65_HS1-834228961_62-HQ-83894_Section_4
Agency: FBI
Page 107
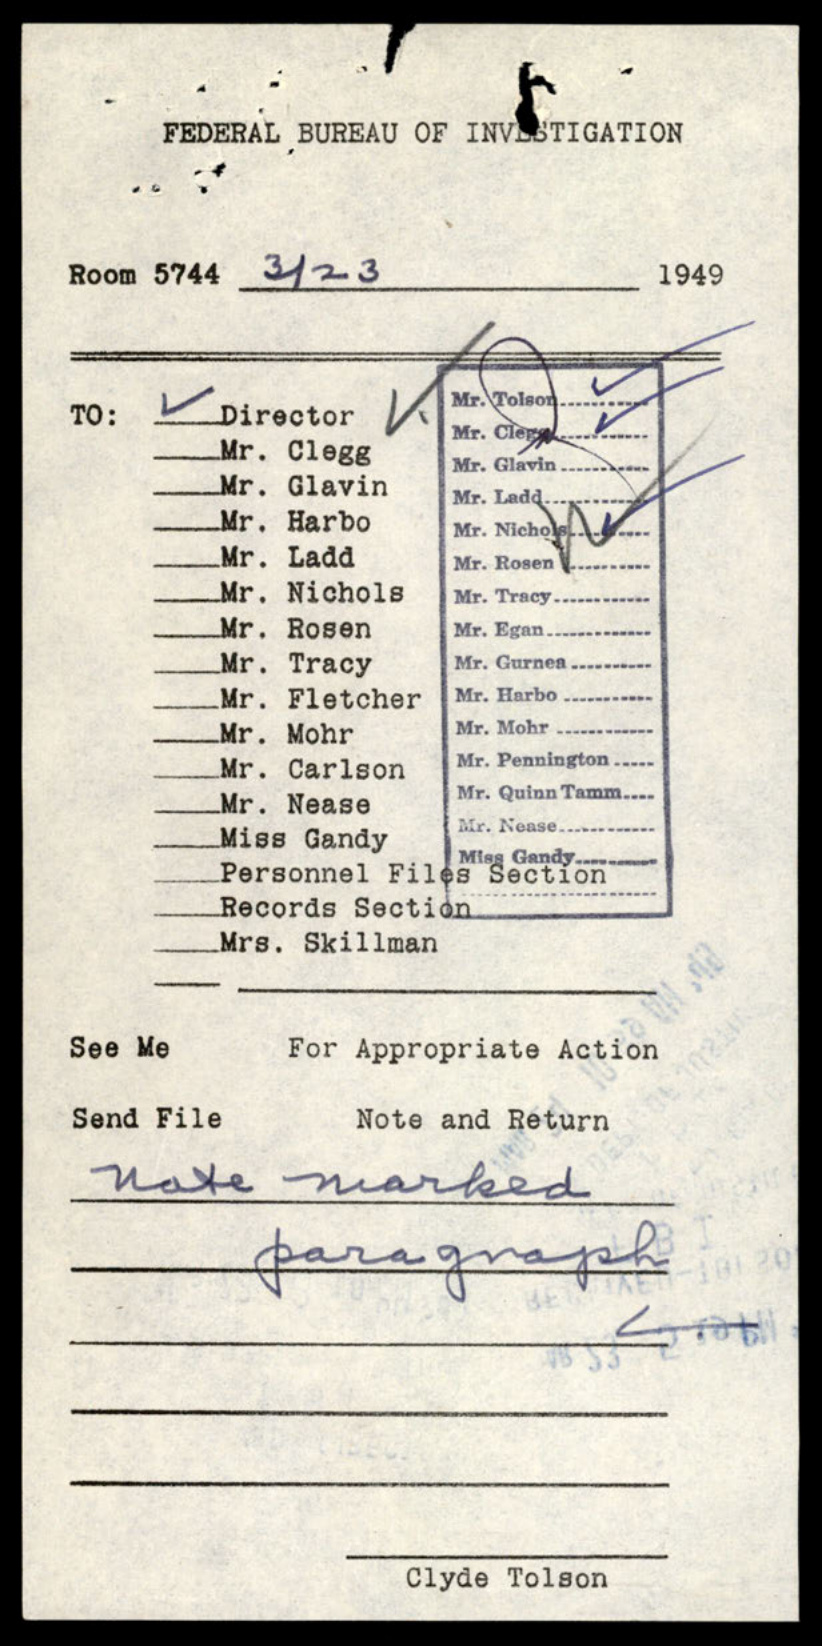